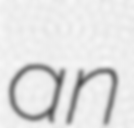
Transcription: an